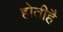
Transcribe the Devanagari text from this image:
होतीहै